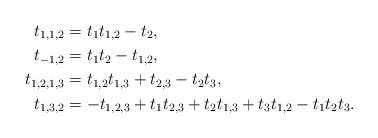
LaTeX: \begin{align*} t_{1,1,2} & = t_1t_{1,2} - t_2, \\ t_{-1,2} & = t_1t_2 - t_{1,2}, \\ t_{1,2,1,3} & = t_{1,2}t_{1,3} + t_{2,3} - t_2t_3, \\ t_{1,3,2} & = -t_{1,2,3} + t_1t_{2,3} + t_2t_{1,3} + t_3t_{1,2} - t_1t_2t_3. \end{align*}